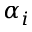
\alpha _ { i }